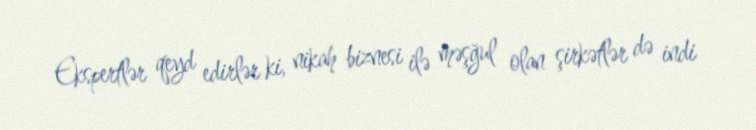
Ekspertlər qeyd edirlər ki, nikah biznesi ilə məşğul olan şirkətlər də indi